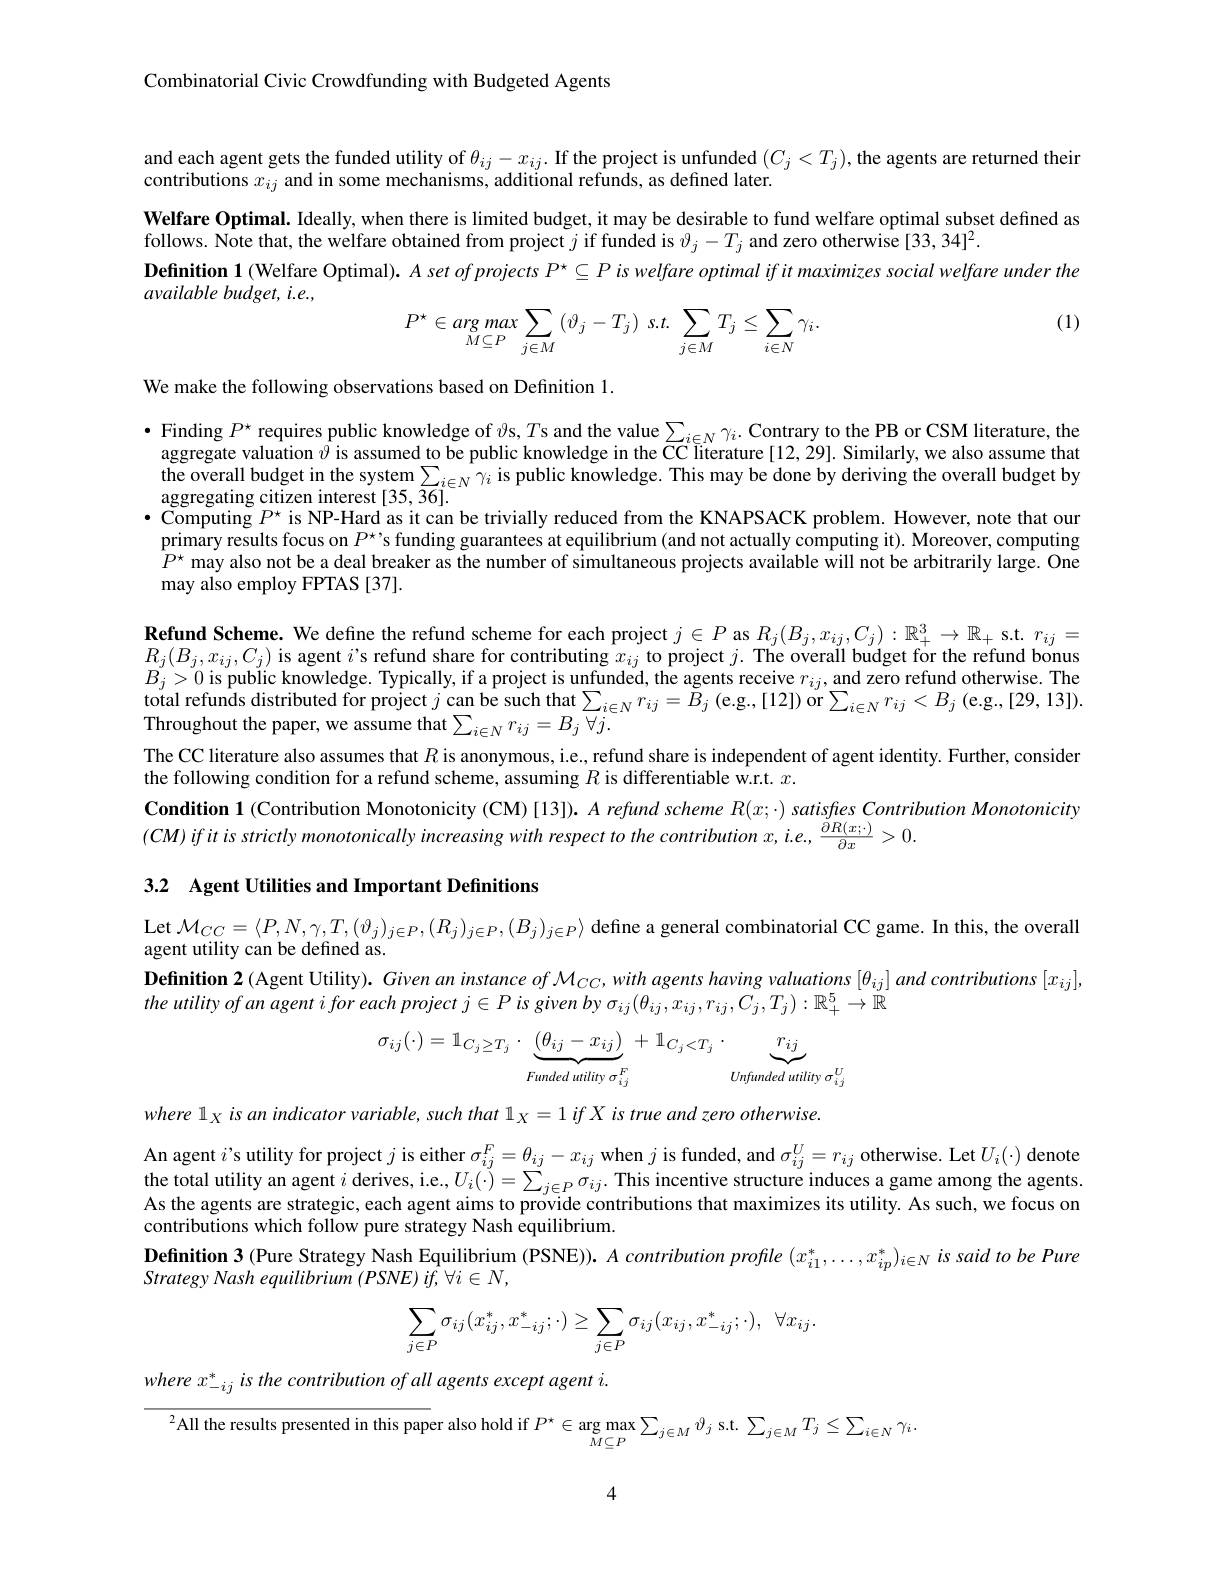
Combinatorial Civic Crowdfunding with Budgeted Agents

and each agent gets the funded utility of $\theta_{ij}-x_{ij}.$ If the project is unfunded $(C_j<T_j)$,the agents are returned their
contributions $x_ij$ and in some mechanisms, additional refunds, as defined later.

Welfare Optimal. Ideally, when there is limited budget, it may be desirable to fund welfare optimal subset defined as
follows. Note that, the welfare obtained from project $j$ if funded is $\vartheta_j-T_j$ and zero otherwise [33,34]$^2.$
Definition 1 (Welfare Optimal). $A\textit{set ofprojects P}^\star\subseteq P$ is welfare optimal if it maximizes social welfare under the
available budget, i.e.,

(1)
$$P^\star\in\underset{M\subseteq P}{\operatorname*{arg}}max\sum\limits_{j\in M}\left(\vartheta_j-T_j\right)\:s.t.\:\sum\limits_{j\in M}T_j\leq\sum\limits_{i\in N}\gamma_i.$$
We make the following observations based on Definition 1.

$\bullet$Finding $P^{\star }$ requires public knowledge of $\vartheta$s, Ts and the value$\sum _{i\in N}\gamma _{i}.$ Contrary to the PB or CSM literature, the aggregate valuation $\vartheta$ is assumed to be public knowledge in the CC literature [ 12, 29] . Similarly, we also assume that the overall budget in the system $\sum_{i\in N}\gamma_i$ is public knowledge. This may be done by deriving the overall budget by aggregating citizen interest[35,36]. $\bullet$ Computing $P^\star$ is NP-Hard as it can be trivially reduced from the KNAPSACK problem. However, note that our $\hat{\text{primary results focus on }P^*}$s'funding guarantees at equilibrium (and not actually computing it). Moreover, computing $\hat{P^\star}$ may also not be a deal breaker as the number of simultaneous projects available will not be arbitrarily large. One may also employ FPTAS [37].

$\textbf{Refund Scheme. We define the refund scheme for each project }j\in P$ as $R_j(B_j,x_{ij},C_j):\mathbb{R}_+^3\to\mathbb{R}_+$ s.t. $r_ij=$ $R_{j}(B_{j},x_{ij},C_{j})$ is agent $i$ s refund share for contributing $x_ij$ to project $j.$ The overall budget for the refund bonus $B_j>0$ is public knowledge. Typically, if a project is unfunded, the agents receive $r_ij$, and zero refund otherwise. The total refunds distributed for project $j$ can be such that $\sum_{i\in N}r_{ij}=\tilde{B}_{j}\left(\mathrm{e.g.,[12]}\right)$or$\sum_i\in Nr_{ij}<B_{j}\left(\mathrm{e.g.,[29,13]}\right).$ Throughout the paper, we assume that $\sum _i\in Nr_{ij}= B_j$ $\forall j.$
The CC literature also assumes that $R$ is anonymous, i.e, refund share is independent of agent identity. Further, consider
the following condition for a refund scheme, assuming $R$ is differentiable w.r.t. $x.$
Condition 1 (Contribution Monotonicity (CM)[13]). $A\textit{refund scheme R}( x; \cdot ) \textit{satisfies Contribution Monotonicity}$
$(CM)ifitisstrictlymonotonicallyincreasingwithrespecttothecontribution~x,i.e.,\frac{\partial R(x;\cdot)}{\partial x}>0.$

3.2 Agent Utilities and Important Definitions

$\begin{array}{l}{\mathrm{Let~}\mathcal{M}_{CC}=\langle P,N,\gamma,T,(\vartheta_{j})_{j\in P},(R_{j})_{j\in P},(B_{j})_{j\in P}\rangle\text{ define a general combinatorial CC game. In this, the overall}}\\{\mathrm{agent~utility~can~be~defined~as.}}\end{array}$ $\textbf{Definition 2 ( Agent Utility) . Given an instance of }\mathcal{M} _{CC}, with agents having valuations [ \theta _{ij}] and contributions [ x_{ij}] $, the utility of an agent i for each project $j\in P$ is given by $\sigma_ij(\theta_{ij},x_{ij},r_{ij},C_j,T_j):\mathbb{R}_+^5\to\mathbb{R}$
$$\sigma_{ij}(\cdot)=\mathbb{1}_{C_{j}\geq T_{j}}\cdot\underbrace{(\theta_{ij}-x_{ij})}_{Funded\:utility\:\sigma_{ij}^{F}}+\mathbb{1}_{C_{j}<T_{j}}\cdot\underbrace{r_{ij}}_{Unfunded\:utility\:\sigma_{ij}^{U}}$$
where lx is an indicator variable, such that l $_X= 1\textit{if X is true and zero otherwise. }$

An agent $i’$s utility for project $j$ is either $\sigma _{ij}^F= \theta _{ij}- x_{ij}$ when $j$ is funded, and $\sigma _{ij}^U= r_{ij}$ otherwise. Let$U_i( \cdot )$ denote the total utility an agent $i$ derives, i. e, $U_i( \cdot ) = \sum _{j\in P}\sigma _{ij}.$ This incentive structure induces As the agents are strategic, each agent aims to provide contributions that maximizes its utility. As such, we focus on contributions which follow pure strategy Nash equilibrium.
Definition 3 (Pure Strategy Nash Equilibrium (PSNE)). $A\textit{contribution profile }( x_{i1}^* , \ldots , x_{ip}^* ) _{i\in N}is$ said to be Pure
Strategy Nash equilibrium $( PSNE)$ $if, \forall i\in N$,
$$\sum\limits_{j\in P}\sigma_{ij}(x_{ij}^{*},x_{-ij}^{*};\cdot)\geq\sum\limits_{j\in P}\sigma_{ij}(x_{ij},x_{-ij}^{*};\cdot),\:\forall x_{ij}.$$
where $x_{-ij}^{*}$ is the contribution of all agents except agent i.

$^{2}$All the results presented in this paper also hold if $P^*\in\underset{M\subset P}{\operatorname*{\arg\max}}\sum_{j\in M}\vartheta_j$ s.t. $\sum_j\in MT_j\leq\sum_{i\in N}\gamma_i.$

4